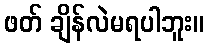
ဖတ် ချိန်လဲမရပါဘူး။